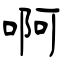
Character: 啊